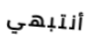
أنتبهي